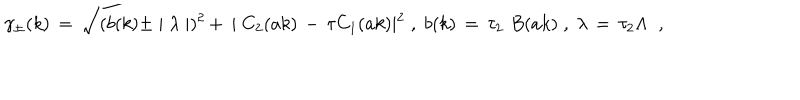
LaTeX: \gamma _ { \pm } ( k ) \, = \, \sqrt { ( b ( k ) \pm \mid \lambda \mid ) ^ { 2 } \, + \, \mid C _ { 2 } ( a k ) \, - \, \tau C _ { 1 } ( a k ) \mid ^ { 2 } } \; , \; b ( k ) \, = \, \tau _ { 2 } \, \, B ( a k ) \; , \; \lambda \, = \, \tau _ { 2 } \Lambda \; \; ,